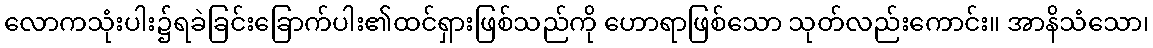
လောကသုံးပါး၌ရခဲခြင်းခြောက်ပါး၏ထင်ရှားဖြစ်သည်ကို ဟောရာဖြစ်သော သုတ်လည်းကောင်း။ အာနိသံသော၊